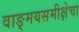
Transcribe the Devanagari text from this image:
वाङ्‌मयसमीक्षेचा